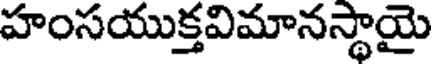
హంసయుక్తవిమానస్థాయై